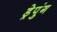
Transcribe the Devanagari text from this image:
ड्रेपुंग